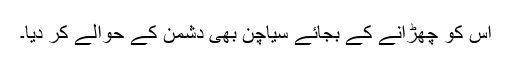
اس کو چھڑانے کے بجائے سیاچن بھی دشمن کے حوالے کر دیا۔